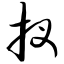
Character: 杈